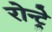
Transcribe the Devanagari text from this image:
रोन्ट्रे